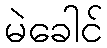
မဲခေါင်